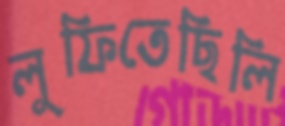
লুফিতেছিলি